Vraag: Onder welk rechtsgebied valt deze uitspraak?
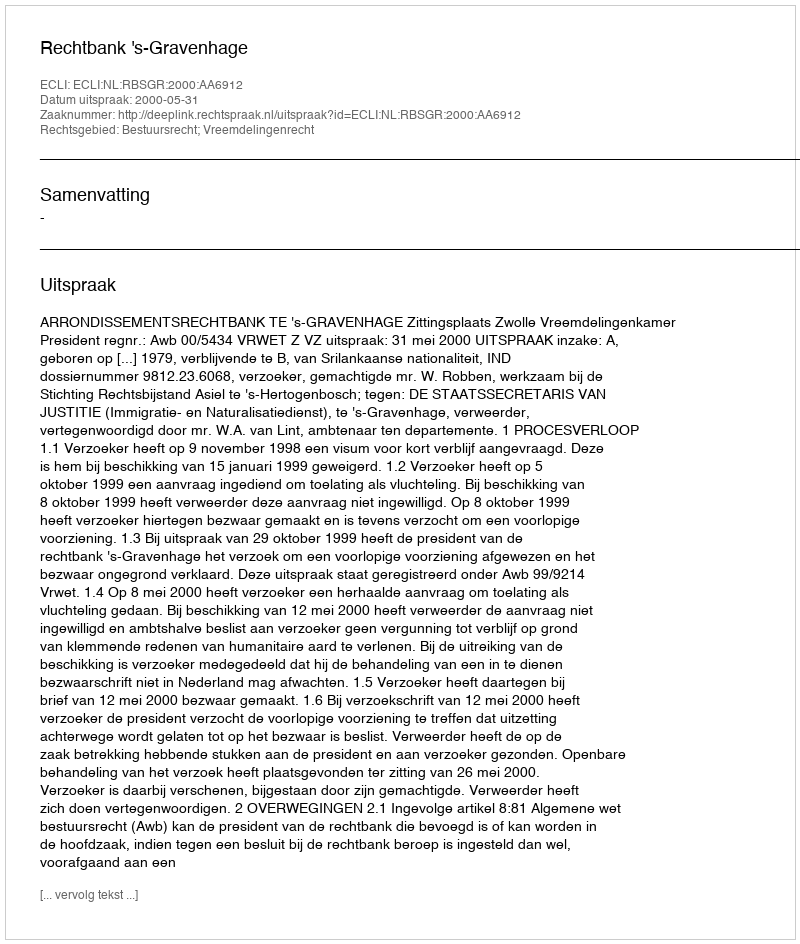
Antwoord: Bestuursrecht; Vreemdelingenrecht